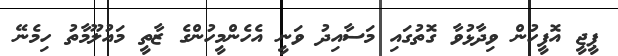
ޕީޖީ އޮފީހުން ވިދާޅުވާ ގޮތުގައި މަސާއިދު ވަނީ އެހެންމީހުންގެ ޒާތީ މައުލޫމާތު ހިމެނޭ